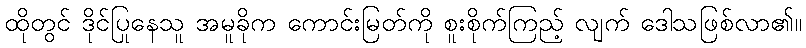
ထိုတွင် ဒိုင်ပြုနေသူ အမူခိုက ကောင်းမြတ်ကို စူးစိုက်ကြည့် လျက် ဒေါသဖြစ်လာ၏။